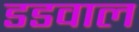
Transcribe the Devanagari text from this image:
डडवाल